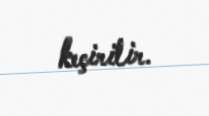
keçirilir.